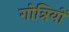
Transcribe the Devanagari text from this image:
गोत्रियों